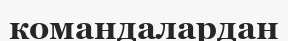
командалардан